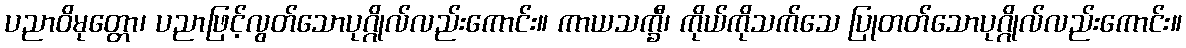
ပညာဝိမုတ္တော၊ ပညာဖြင့်လွတ်သောပုဂ္ဂိုလ်လည်းကောင်း။ ကာယသက္ခီ၊ ကိုယ်ကိုသက်သေ ပြုတတ်သောပုဂ္ဂိုလ်လည်းကောင်း။